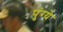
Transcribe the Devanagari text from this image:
पुंग्ये